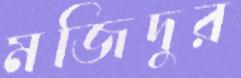
মজিদুর